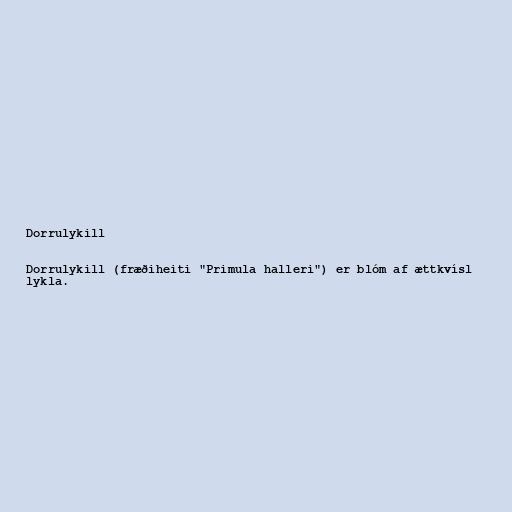
Dorrulykill

Dorrulykill (fræðiheiti "Primula halleri") er blóm af ættkvísl
lykla.